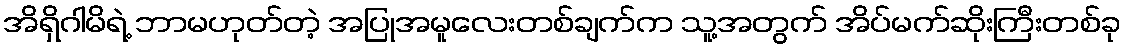
အိရှိဂါမိရဲ့ ဘာမဟုတ်တဲ့ အပြုအမူလေးတစ်ချက်က သူ့အတွက် အိပ်မက်ဆိုးကြီးတစ်ခု